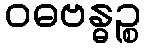
ဝဓဗန္ဓဉ္စ